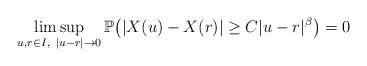
\begin{align*}\limsup_{ u,r \in I,\ |u-r| \rightarrow 0 } \mathbb{P}\big(|X(u)-X(r)|\geq C |u-r|^\beta \big)=0\end{align*}